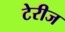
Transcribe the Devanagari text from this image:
टेरीज